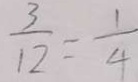
\frac { 3 } { 1 2 } = \frac { 1 } { 4 }